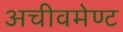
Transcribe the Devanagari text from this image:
अचीवमेण्ट